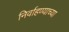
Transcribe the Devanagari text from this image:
निर्वाहण्याच्या